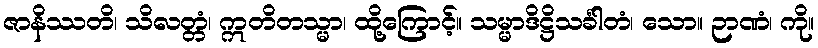
ဇာနိဿတိ၊ သိလတ္တံ၊ ဣတိတသ္မာ၊ ထို့ကြောင့်။ သမ္မာဒိဋ္ဌိသင်္ခါတံ၊ သော။ ဉာဏံ၊ ကို။